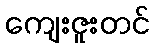
ကျေးဇူးတင်